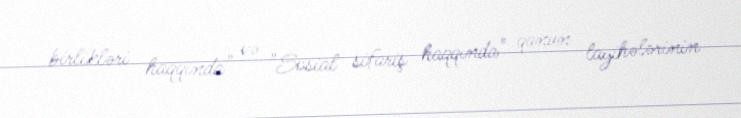
birlikləri haqqında" və "Sosial sifariş haqqında" qanun layihələrinin